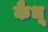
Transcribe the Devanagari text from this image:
कैधू